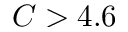
C > 4 . 6